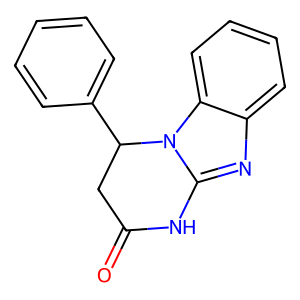
SMILES: O=C1CC(c2ccccc2)n2c(nc3ccccc32)N1
Inhibits HIV replication: No